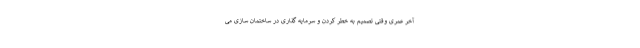
آخر عمری وقتی تصمیم به خطر کردن و سرمایه گذاری در ساختمان سازی می